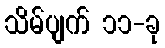
သိမ်ပျက် ၁၁-ခု